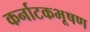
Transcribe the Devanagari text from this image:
कर्नाटकभूषण